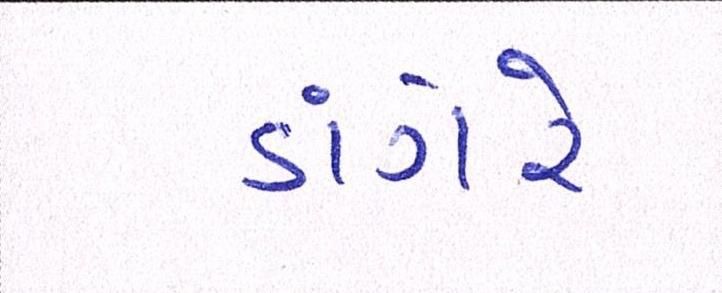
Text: ડાંગરે